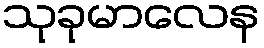
သုခုမာလေန